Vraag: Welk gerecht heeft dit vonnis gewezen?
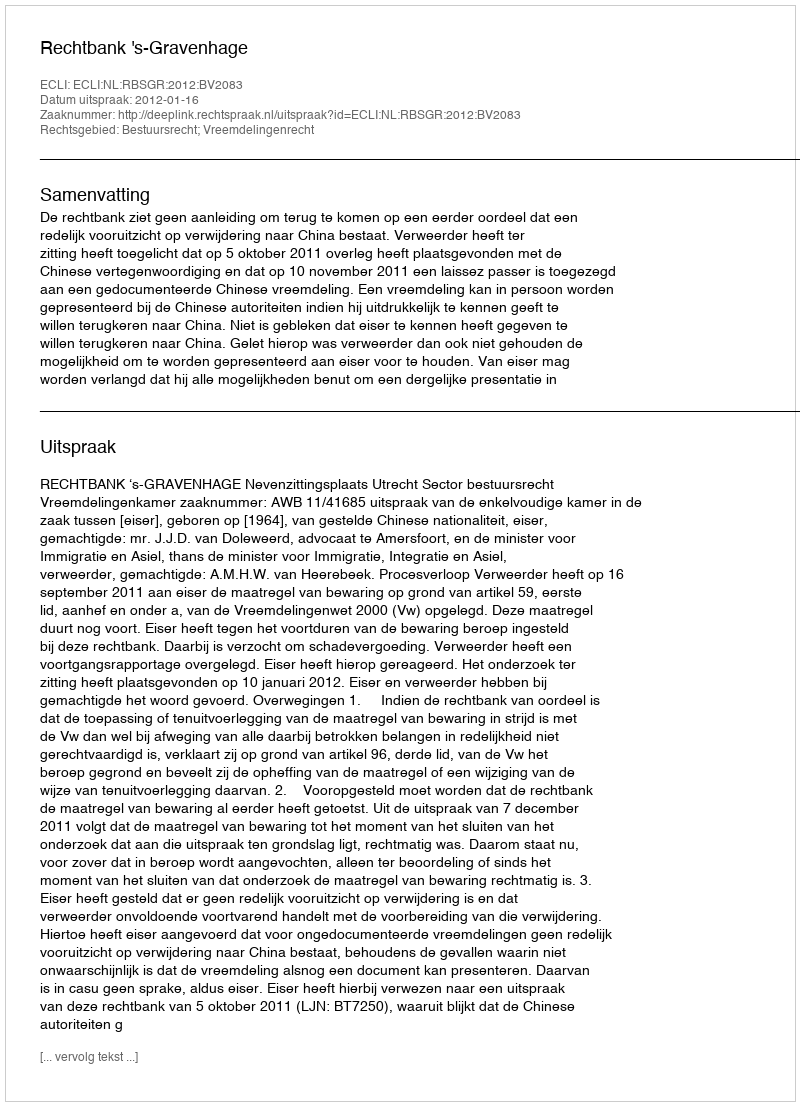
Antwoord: Rechtbank 's-Gravenhage